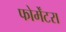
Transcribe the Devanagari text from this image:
फोर्मेंटरा